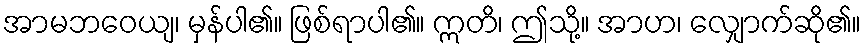
အာမဘဝေယျ၊ မှန်ပါ၏။ ဖြစ်ရာပါ၏။ ဣတိ၊ ဤသို့။ အာဟ၊ လျှောက်ဆို၏။